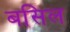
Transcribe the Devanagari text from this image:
बसिल